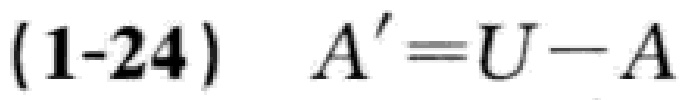
\((1 - 24)\quad A'=U - A\)